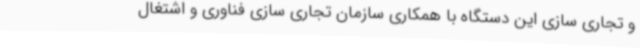
و تجاری سازی این دستگاه با همکاری سازمان تجاری سازی فناوری و اشتغال